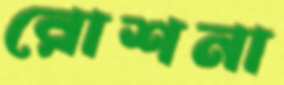
রোশনা